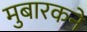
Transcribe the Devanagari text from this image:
मुबारकने